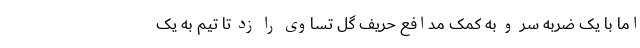
اما با یک ضربه سر و به کمک مدافع حریف گل تساوی را زد تا تیم به یک